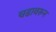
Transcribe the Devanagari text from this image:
चढावरून